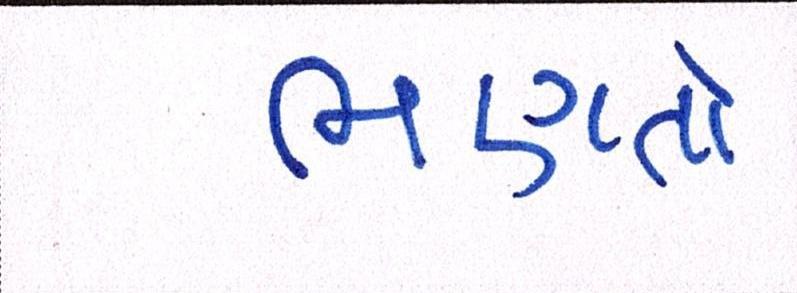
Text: ભણતો